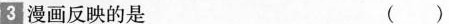
3漫画反映的是 ( )